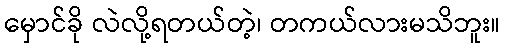
မှောင်ခို လဲလို့ရတယ်တဲ့၊ တကယ်လားမသိဘူး။